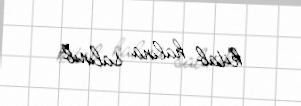
kitab halına salınıb.